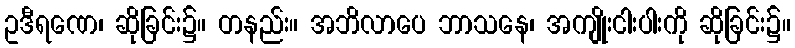
ဥဒီရဏေ၊ ဆိုခြင်း၌။ တနည်း။ အဘိလာပေ ဘာသနေ၊ အကျိုးငါးပါးကို ဆိုခြင်း၌။